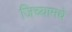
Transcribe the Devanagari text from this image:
जिच्यामधे